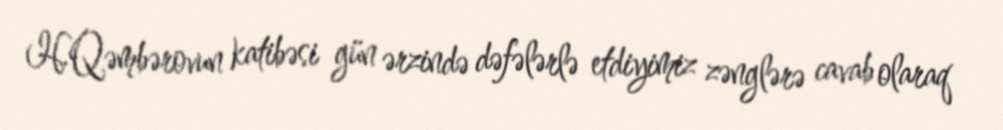
H.Qəmbərovun katibəsi gün ərzində dəfələrlə etdiyimiz zənglərə cavab olaraq